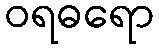
ဝရဓရော